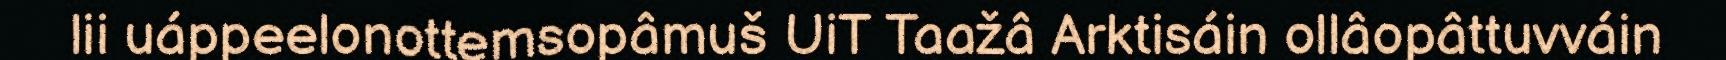
lii uáppeelonottemsopâmuš UiT Taažâ Arktisáin ollâopâttuvváin